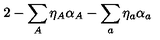
2 - \sum _ { A } \eta _ { A } \alpha _ { A } - \sum _ { a } \eta _ { a } \alpha _ { a }